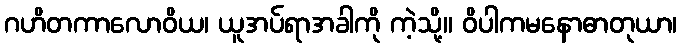
ဂဟိတကာလောဝိယ၊ ယူအပ်ရာအခါကို ကဲ့သို့။ ဝိပါကမနောဓာတုယာ၊